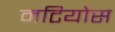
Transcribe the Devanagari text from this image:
मटियोस